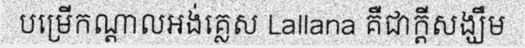
បម្រើកណ្តាលអង់គ្លេស Lallana គឺជាក្តីសង្ឃឹម